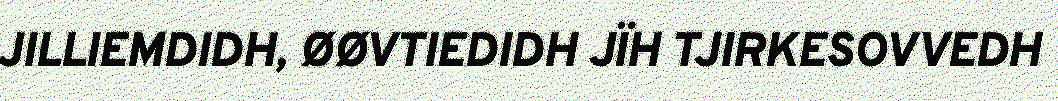
JILLIEMDIDH, ØØVTIEDIDH JÏH TJIRKESOVVEDH